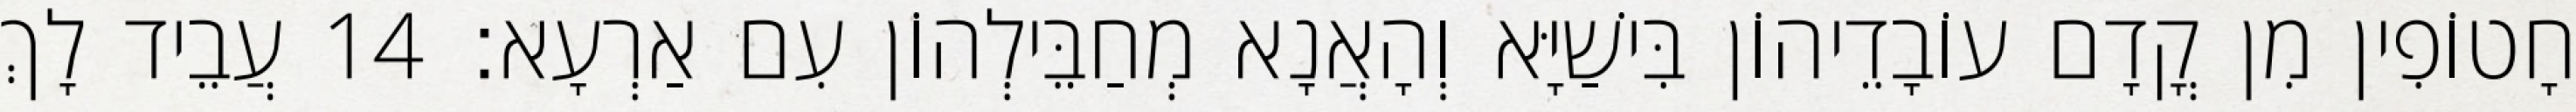
חָטוֹפִין מִן קֳדָם עוֹבָדֵיהוֹן בִּישַׁיָּא וְהָאֲנָא מְחַבֵּילְהוֹן עִם אַרְעָא׃ 14 עֲבֵיד לָךְ